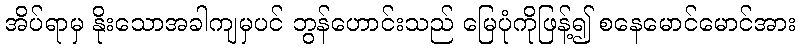
အိပ်ရာမှ နိုးသောအခါကျမှပင် ဘွန်ဟောင်းသည် မြေပုံကိုဖြန့်၍ စနေမောင်မောင်အား